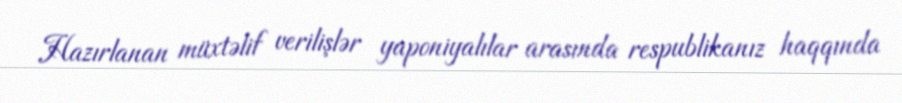
Hazırlanan müxtəlif verilişlər yaponiyalılar arasında respublikanız haqqında